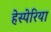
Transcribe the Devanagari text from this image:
हेस्पेरिया